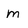
Character: m